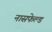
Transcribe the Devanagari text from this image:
नासफेल्ड